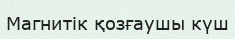
Магнитік қозғаушы күш